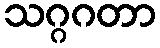
သဂ္ဂဂတာ